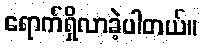
ရောက်ရှိလာခဲ့ပါတယ်။